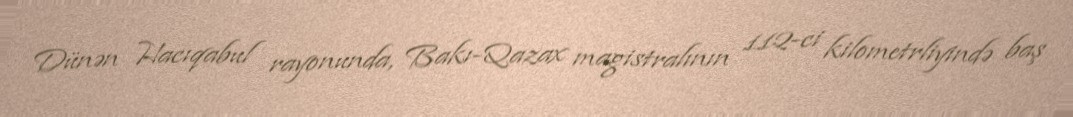
Dünən Hacıqabul rayonunda, Bakı-Qazax magistralının 112-ci kilometrliyində baş